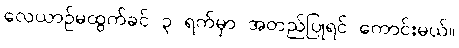
လေယာဉ်မထွက်ခင် ၃ ရက်မှာ အတည်ပြုရင် ကောင်းမယ်။